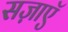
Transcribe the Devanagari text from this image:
सज़ाएॅ